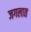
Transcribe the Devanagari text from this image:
जगलात